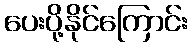
ပေးပို့နိုင်ကြောင်း